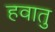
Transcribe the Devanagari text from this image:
हवातु